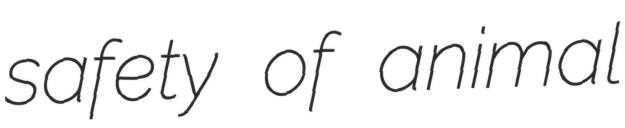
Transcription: safety of animal